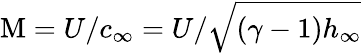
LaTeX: \mathrm{M}=U/c_{\infty}=U/{\sqrt{(\gamma-1)h_{\infty}}}